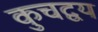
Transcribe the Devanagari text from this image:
कुचद्वय